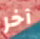
آخر